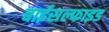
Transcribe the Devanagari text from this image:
बाईसल्फाइड